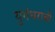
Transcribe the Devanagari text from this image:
युगंधराची